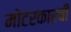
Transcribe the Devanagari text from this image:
मोटरकारची